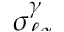
\smash { \sigma _ { \ell \alpha } ^ { \gamma } }